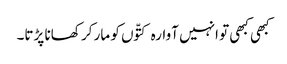
کبھی کبھی تو انہیں آوارہ کتّوں کو مار کر کھانا پڑتا۔